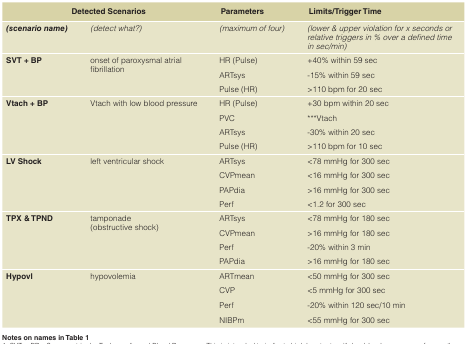
| <COLSPAN=2> Detected Scenarios | Parameters | Limits/Trigger Time |
 | --- | --- | --- | --- |
 | (scenario name) | (detect what?) | (maximum of four) | (lower & upper violationfor x seconds or relative triggersin % over a defined timein sec/min) |
 | SVT + BP | onset of paroxysmal atrial fibrillation | HR (Pulse)ART sysPulse (HR) | +40% within 59 sec-15% within 59 sec>110 bpm for 20 sec |
 | Vtach + BP | Vtach with low blood pressure | HR (Pulse)PVCARTsysPulse (HR) | +30 bpm within 20 sec***Vtach-30% within 20 sec>110 bpm for 10 sec |
 | LV Shock | left ventricular shock | ARTsysCVPmeanPAPdiaPerf | <78 mmHg for 300 sec<16 mmHg for 300 sec>16 mmHg for 300 sec<1.2 for 300 sec |
 | TPX & TPND | tamponade (obstructive shock) | ARTsysCVPmeanPerfPAPdia | <78 mmHg for 180 sec>16 mmHg for 180 sec-20% within 3 min>16 mmHg for 180 sec |
 | Hypovl | hypovolemia | ARTmeanCVPPerfNIBPm | <50 mmHg for 300 sec<5 mmHg for 300 sec-20% within 120 sec/10 min<55 mmHg for 300 sec |